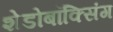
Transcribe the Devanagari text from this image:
शेडोबॉक्सिंग